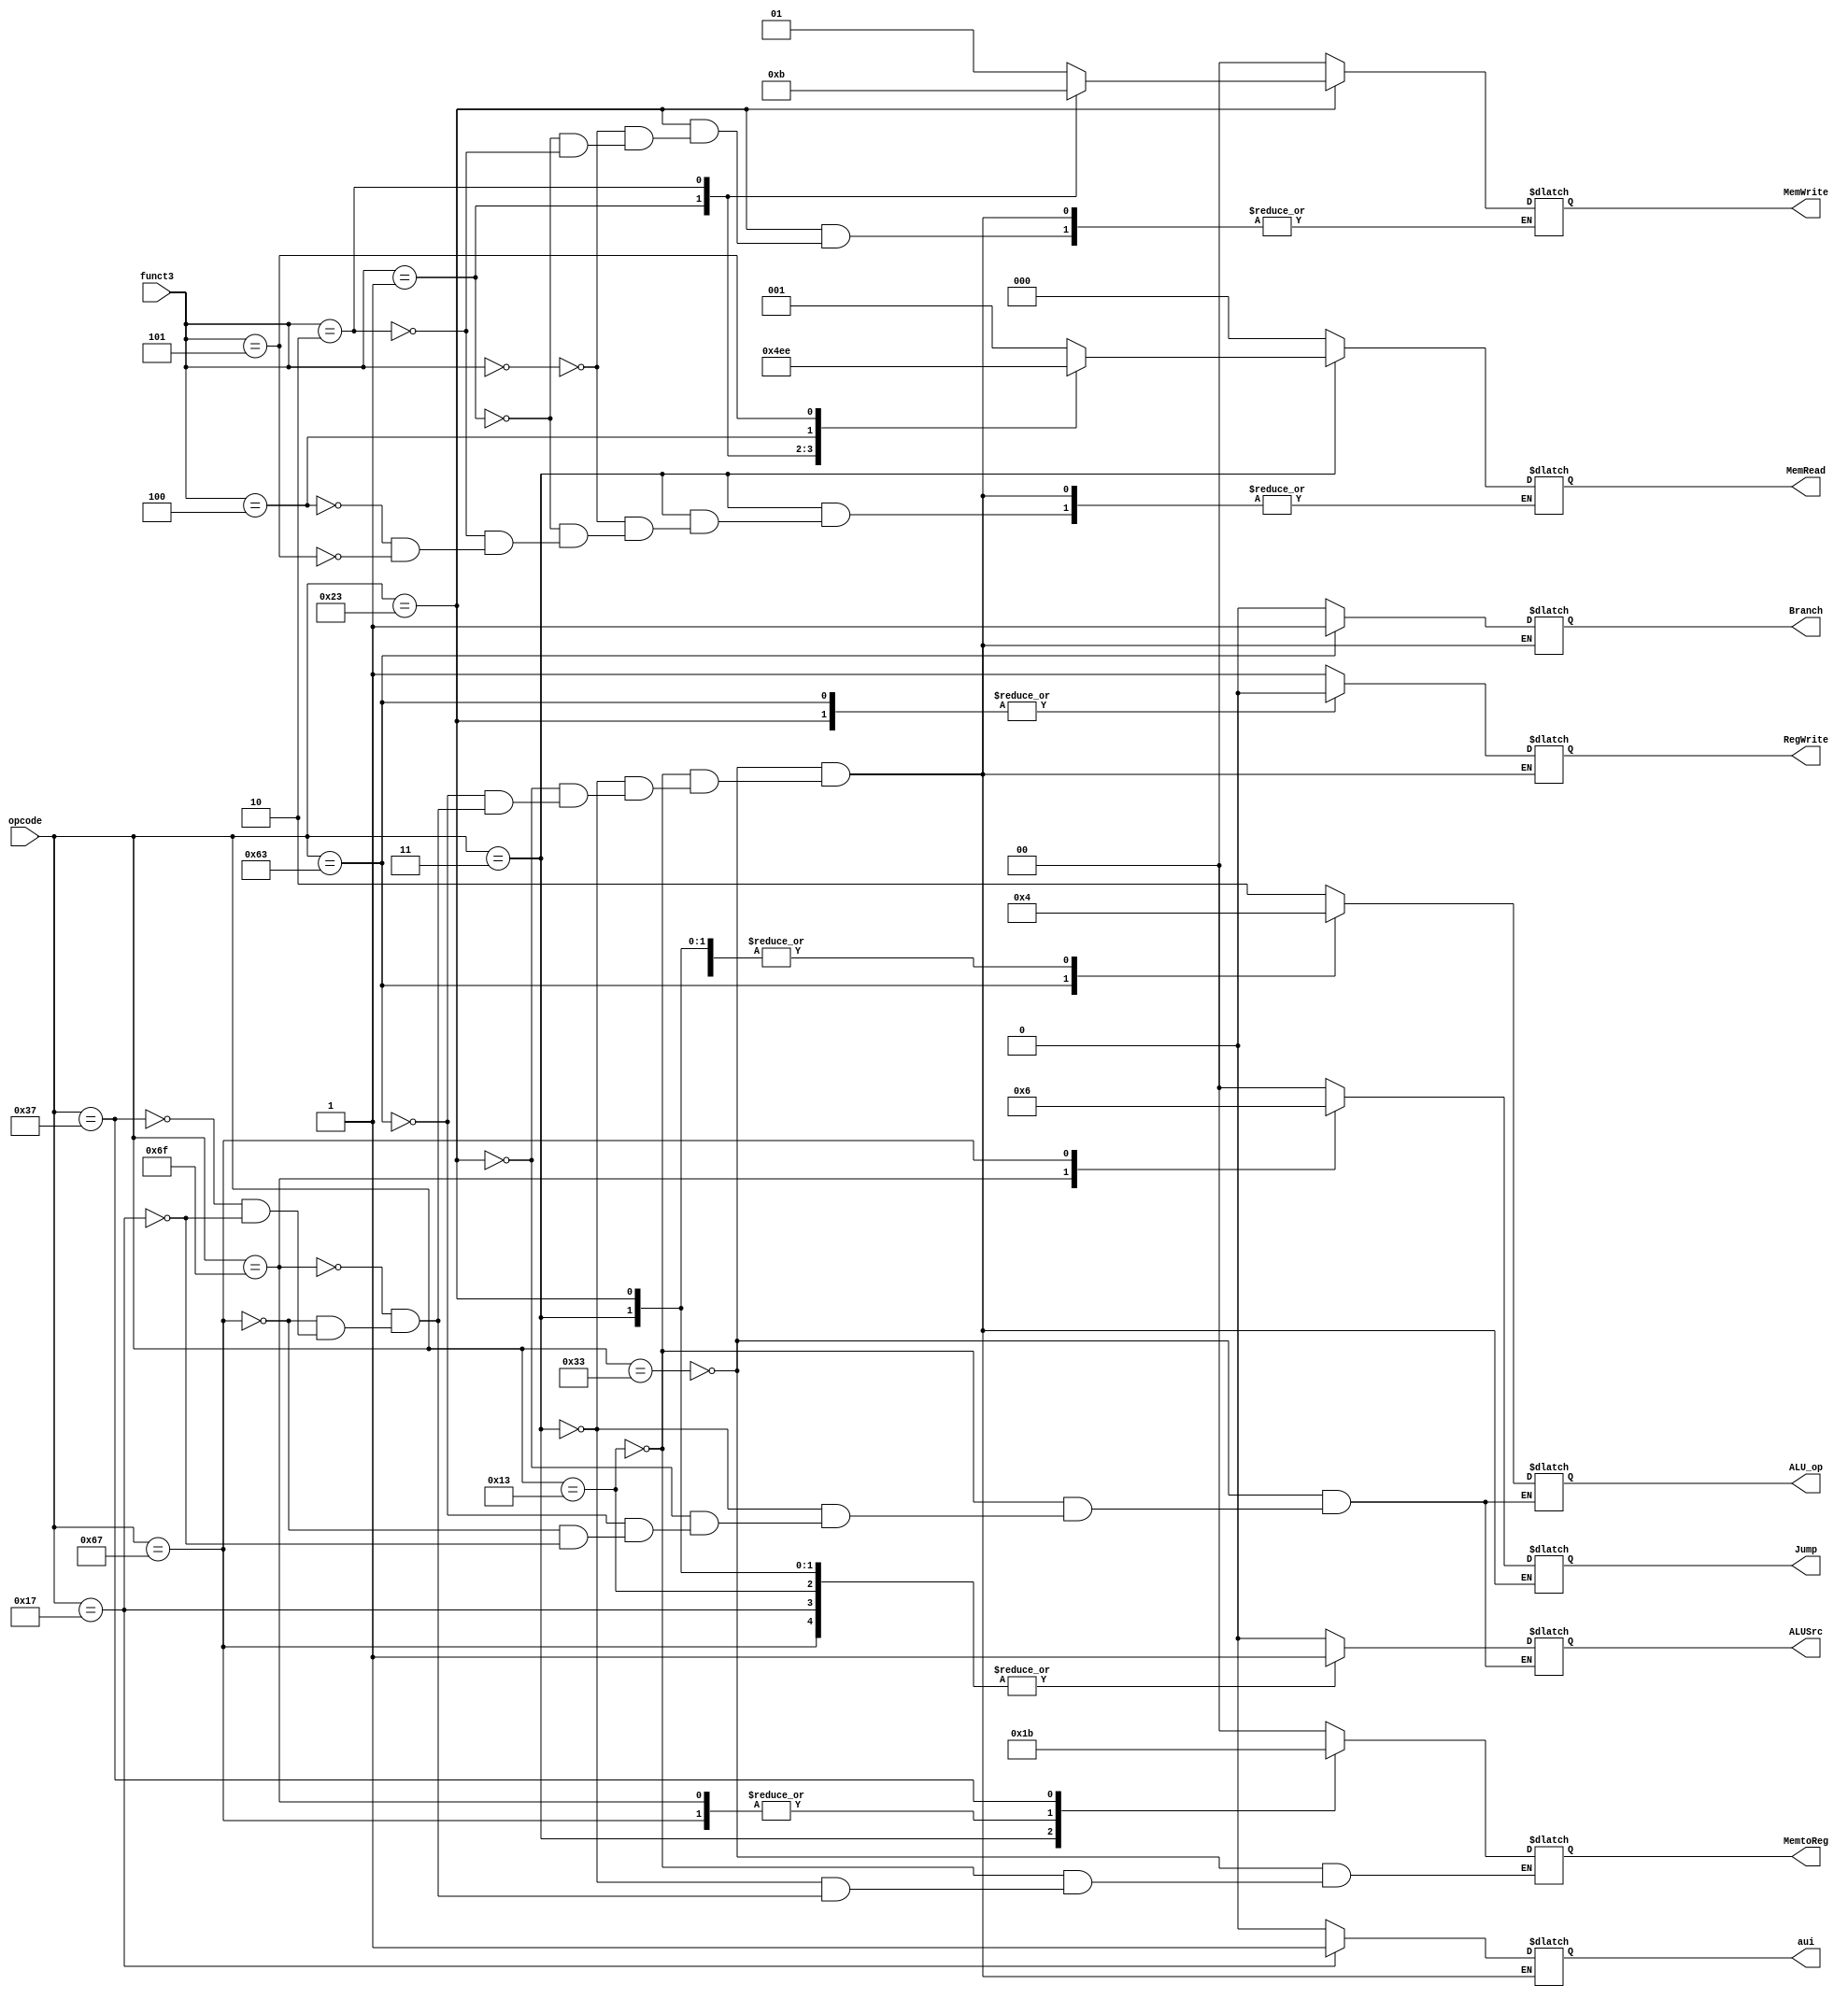
`timescale 1ns / 1ps

module Control_Unit(
    input [6:0] opcode,
    input [2:0] funct3,

    output ALUSrc,//0->use rs2 ; 1->use imm
    output [1:0] Jump,//00->PC+4/Branch ; 01->jal ; 10->jalr //this is the last mux before PC
    output Branch,
    output [2:0] MemRead, //001->lb ; 010->lh ; 011->lw ; 101->lbu ; 110->lhu
    output [1:0] MemtoReg,//00->ALU_result ; 01->Memory ; 10->PC+4 ; 11->imm
    output [1:0] MemWrite,//01->sb ; 10->sh ; 11->sw
    output RegWrite,
    output [1:0] ALU_op,//00->ld/sd/auipc ; 01->beq ; 10->R_type
    output aui//1->auipc ; 0->others
    );

    
    
reg ALUSrc0,RegWrite0,Branch0,aui0;
reg[1:0]  Jump0,ALU_op0,MemtoReg0,MemWrite0;
reg[2:0]  MemRead0;

assign RegWrite=RegWrite0;
assign MemRead=MemRead0;
assign MemWrite=MemWrite0;
assign Branch=Branch0;
assign aui=aui0;
assign Jump=Jump0;
assign ALU_op=ALU_op0;
assign ALUSrc=ALUSrc0;
assign MemtoReg=MemtoReg0;


always @ (*) begin
    case(opcode)
        7'b0110011://R add
            begin
                ALUSrc0=0;
                MemtoReg0=2'b00;
                RegWrite0=1;
                MemRead0=3'b0;
                MemWrite0=2'b0;
                Branch0=0;
                Jump0=2'b00;
                ALU_op0=2'b10;
                aui0=0;
            end

        7'b0010011://I  addi
            begin
                ALUSrc0=1;
                MemtoReg0=2'b00;
                RegWrite0=1;
                MemRead0=3'b0;
                MemWrite0=2'b0;
                Branch0=0;
                Jump0=2'b00;
                ALU_op0=2'b10;
                aui0=0;
            end

        7'b0000011://I  ld
            begin
                ALUSrc0=1;
                MemtoReg0=2'b01;
                RegWrite0=1;
                // MemRead0=1;
                MemWrite0=2'b0;
                Branch0=0;
                Jump0=2'b00;
                ALU_op0=2'b00;    
                aui0=0;  
                case(funct3)
                    3'b000:MemRead0=3'b001;
                    3'b001:MemRead0=3'b010;
                    3'b010:MemRead0=3'b011;
                    3'b100:MemRead0=3'b101;
                    3'b101:MemRead0=3'b110;
                endcase          
            end

        7'b0100011://S sd
            begin
                ALUSrc0=1;
                RegWrite0=0;
                MemRead0=3'b0;
                Branch0=0;
                Jump0=2'b00;
                ALU_op0=2'b00;
                aui0=0;
                case(funct3)
                    3'b000:MemWrite0=2'b01;
                    3'b001:MemWrite0=2'b10;
                    3'b010:MemWrite0=2'b11;
                endcase
            end

        7'b1100011://B beq
            begin
                ALUSrc0=0;
                RegWrite0=0;
                MemRead0=3'b0;
                MemWrite0=2'b0;
                Branch0=1;
                Jump0=2'b00;
                ALU_op0=2'b01;
                aui0=0;
            end

        7'b1101111://J jal
            begin
                MemtoReg0=2'b10;
                RegWrite0=1;
                MemRead0=3'b0;
                MemWrite0=2'b0;
                Branch0=0;
                Jump0=2'b01;
                aui0=0;
            end

        7'b1100111://J jalr
            begin
                ALUSrc0=1;
                MemtoReg0=2'b10;
                RegWrite0=1;
                MemRead0=3'b0;
                MemWrite0=2'b0;
                Branch0=0;
                Jump0=2'b10;
                ALU_op0=2'b00;
                aui0=0;
            end            

        7'b0110111://U lui
            begin
                MemtoReg0=2'b11;
                RegWrite0=1;
                MemRead0=3'b0;
                MemWrite0=2'b0;
                Branch0=0;
                Jump0=2'b00;   
                aui0=0;           
            end

        7'b0010111:
            begin
                aui0=1;
                ALUSrc0=1;
                ALU_op0=2'b00;
                MemWrite0=2'b0;
                MemRead0=3'b0;
                Branch0=0;
                Jump0=2'b00;
                MemtoReg0=2'b00;
                RegWrite0=1;
            end
        
    endcase
end

endmodule